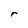
Character: r